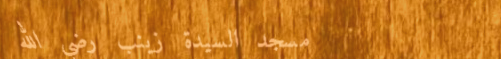
مسجد السيدة زينب رضي الله